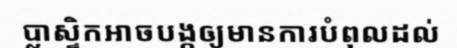
ប្លាស្ទិកអាចបង្កឲ្យមានការបំពុលដល់